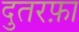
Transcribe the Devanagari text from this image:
दुतरफ़ा